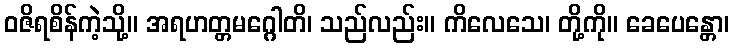
ဝဇိရစိန်ကဲ့သို့။ အရဟတ္တမဂ္ဂေါတိ၊ သည်လည်း။ ကိလေသေ၊ တို့ကို။ ခေပေန္တော၊